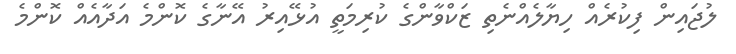
ލުޖައިން ފިކުރެއް ހިޔާލެއްނެތި ޒަކްވާންގެ ކުރިމަތީ އުޅޭއިރު އޭނާގެ ކޮންމެ އަދާއެއް ކޮންމެ